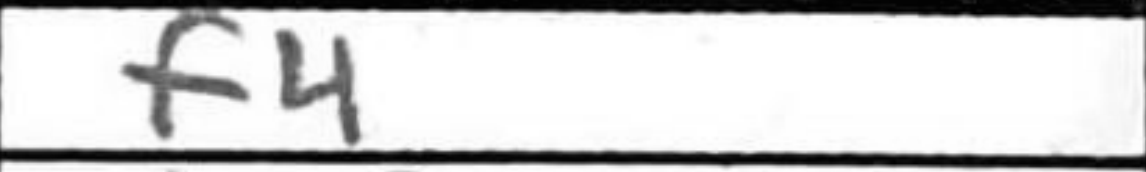
Transcription: f4